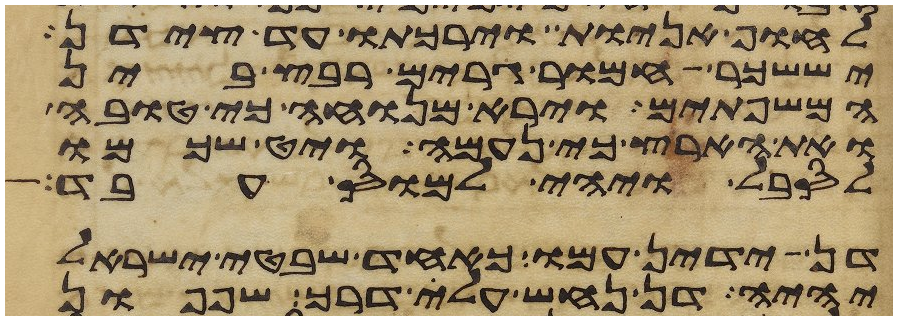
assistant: לחוף אניות וירכתו עד צידן
יששכר חמור גרים רבץ בין
המשפתים וירא מנוחה כי טובה
ואת הארץ כי נעמה ויט שכמו
לסבל ויהי למוס עבד
דן ידין עמו כאחד שבטי ישראל
יהיה דן נחש עלה דרך שפפון